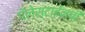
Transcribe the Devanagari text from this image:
पॅलेस्टाईनची